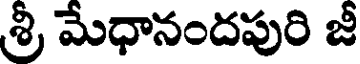
శ్రీ మేధానందపురి జీ